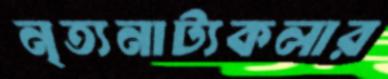
নৃত্যনাট্যকলার